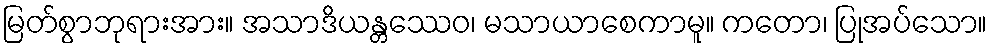
မြတ်စွာဘုရားအား။ အသာဒိယန္တဿေဝ၊ မသာယာစေကာမူ။ ကတော၊ ပြုအပ်သော။